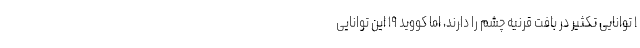
۱ توانایی تکثیر در بافت قرنیه چشم را دارند، اما کووید ۱۹ این توانایی